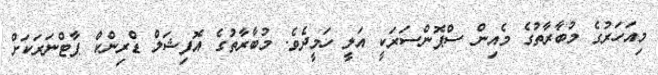
މިއަހަރުގެ މުބާރާތުގެ މެއިން ސްޕޮންސަރަކީ އަލީ ހަމީދެވެ. މުބާރާތުގެ އޮފިޝަލް ޑްރިންކް ޕާޓްނަރަކަށް